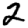
Digit: 2